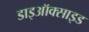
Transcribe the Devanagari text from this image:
डाइऑक्‍साइड